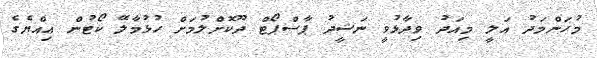
މުހަންމަދު އަލީ މިއަދު ވިދާޅުވީ ނަޝީދު ޕާސްޕޯޓް ދޫކޮށްލުމަށް ހުޅުމާލޭ ކޯޓުން އިއްޔެގެ